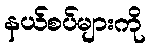
နယ်စပ်များကို